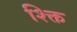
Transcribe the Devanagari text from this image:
श्क्ति